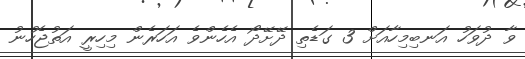
ވާ ދުވަހު އަނބިމިހާއަށް 3 ގަޑެތި ދޭށޭދޯ އެހެންވެ އަހަރެން މިހިރީ އަތުޖެހުނު